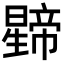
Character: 𭨅